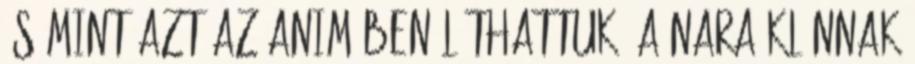
és mint azt az animében láthattuk, a Nara klánnak